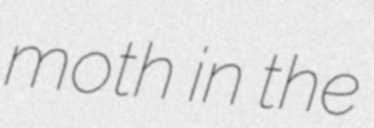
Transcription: moth in the